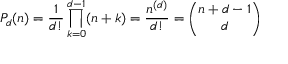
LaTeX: P _ { d } ( n ) = { \frac { 1 } { d ! } } \prod _ { k = 0 } ^ { d - 1 } ( n + k ) = { \frac { n ^ { ( d ) } } { d ! } } = { \binom { n + d - 1 } { d } }